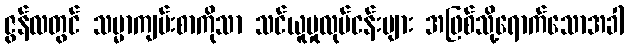
ဇွန်လတွင် သမ္မာကျမ်းစာကိုသာ သင်ယူမှုလုပ်ငန်းများ အဖြစ်သို့ရောက်သောအခါ